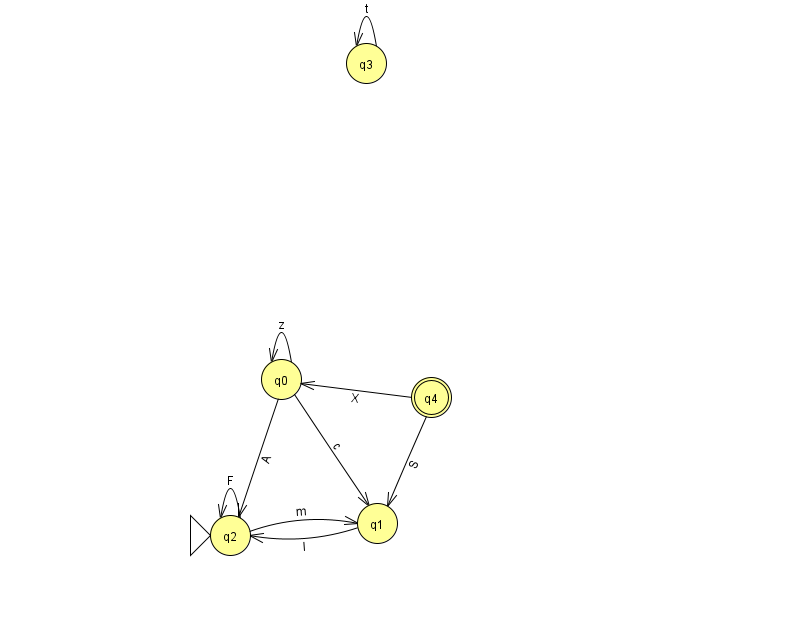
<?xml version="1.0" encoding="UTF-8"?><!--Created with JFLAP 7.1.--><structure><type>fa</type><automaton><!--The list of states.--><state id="0" name="q0"><x>281.0</x><y>366.0</y></state><state id="1" name="q1"><x>377.0</x><y>510.0</y></state><state id="2" name="q2"><x>230.0</x><y>522.0</y><initial/></state><state id="3" name="q3"><x>366.0</x><y>50.0</y></state><state id="4" name="q4"><x>431.0</x><y>384.0</y><final/></state><!--The list of transitions.--><transition><from>4</from><to>1</to><read>S</read></transition><transition><from>3</from><to>3</to><read>t</read></transition><transition><from>0</from><to>2</to><read>A</read></transition><transition><from>2</from><to>2</to><read>F</read></transition><transition><from>0</from><to>1</to><read>c</read></transition><transition><from>1</from><to>2</to><read>I</read></transition><transition><from>0</from><to>0</to><read>z</read></transition><transition><from>2</from><to>1</to><read>m</read></transition><transition><from>4</from><to>0</to><read>X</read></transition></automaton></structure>